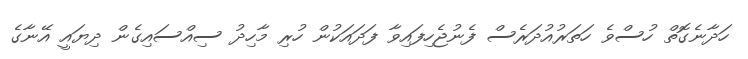
ހަދާނެގޮތް ހުސްވެ ހަތަރުއުދަރެސް ފެނުޖެހިފައިވާ ފަދައަކުން ހުރި މާހިދު ސިއްސައިގެން ދިޔައީ އޭނާގެ